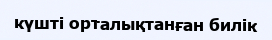
күшті орталықтанған билік